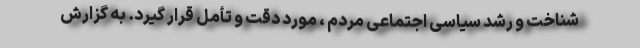
شناخت و رشد سیاسی اجتماعی مردم ، مورد دقت و تأمل قرار گیرد. به گزارش